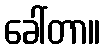
ခေါ်တာ။